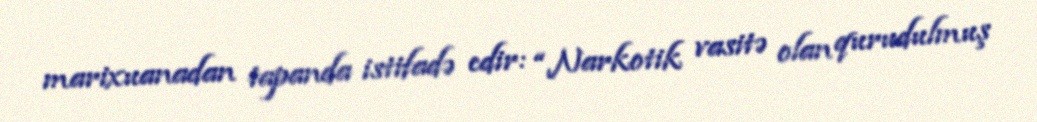
marixuanadan tapanda istifadə edir: “Narkotik vasitə olan qurudulmuş